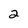
Character: 2